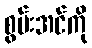
စွမ်းအင်ကို